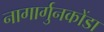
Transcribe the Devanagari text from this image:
नागार्गुनकोंडा